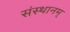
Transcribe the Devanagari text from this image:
संस्थानम्